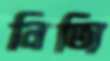
নিত্যি